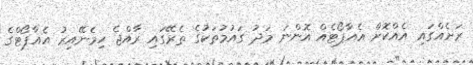
ރަށެއްގައި އެއްކޮށް އެއާޕޯޓެއް އޮންނަ މަދު ގައުމުތަކުގެ ތެރޭގައި ރާއްޖެ ހިމެނޭއިރު އެއާޕޯޓްގެ